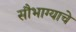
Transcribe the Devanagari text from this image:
सौभाग्याचे